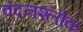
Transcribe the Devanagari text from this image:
वंदनश्लोक